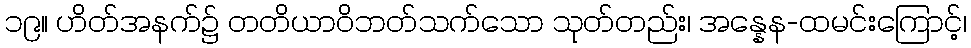
၁၉။ ဟိတ်အနက်၌ တတိယာဝိဘတ်သက်သော သုတ်တည်း၊ အန္နေန-ထမင်းကြောင့်၊